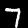
Digit: 7